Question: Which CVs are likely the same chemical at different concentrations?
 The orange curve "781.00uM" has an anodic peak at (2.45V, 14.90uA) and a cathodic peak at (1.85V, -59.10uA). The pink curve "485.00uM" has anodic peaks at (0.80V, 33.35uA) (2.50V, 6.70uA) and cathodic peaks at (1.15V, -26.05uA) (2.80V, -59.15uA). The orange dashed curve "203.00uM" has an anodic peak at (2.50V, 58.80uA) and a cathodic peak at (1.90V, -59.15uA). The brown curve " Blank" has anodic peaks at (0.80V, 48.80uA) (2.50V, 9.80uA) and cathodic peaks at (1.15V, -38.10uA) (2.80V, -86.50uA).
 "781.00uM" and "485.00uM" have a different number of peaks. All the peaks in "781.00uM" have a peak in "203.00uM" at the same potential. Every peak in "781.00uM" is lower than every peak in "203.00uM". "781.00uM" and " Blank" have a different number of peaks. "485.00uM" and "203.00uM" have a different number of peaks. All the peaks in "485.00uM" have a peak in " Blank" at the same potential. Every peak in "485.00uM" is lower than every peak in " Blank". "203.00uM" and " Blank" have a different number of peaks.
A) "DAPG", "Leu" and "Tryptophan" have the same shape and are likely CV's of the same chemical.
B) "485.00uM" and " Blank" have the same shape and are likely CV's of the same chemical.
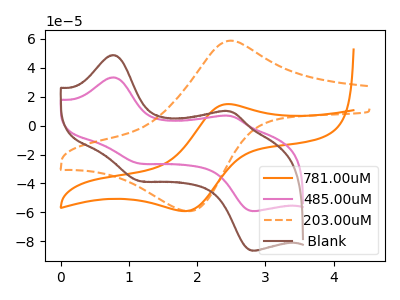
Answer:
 <answer>B) "485.00uM" and " Blank" have the same shape and are likely CV's of the same chemical.</answer>
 <eval>B</eval>